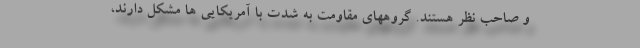
و صاحب نظر هستند. گروههای مقاومت به شدت با آمریکایی ها مشکل دارند،